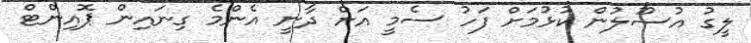
ލީގު އުސޫލުން ކުޅުމަށް ފަހު ސެމީ އަށް ދާނީ އެންމެ ގިނައިން ޕޮއިންޓް